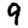
Digit: 9